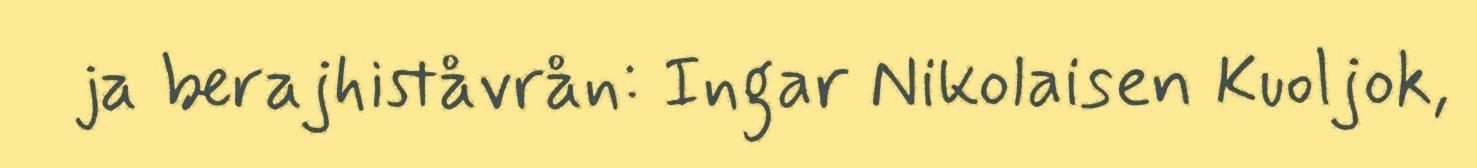
ja berajhiståvrån: Ingar Nikolaisen Kuoljok,